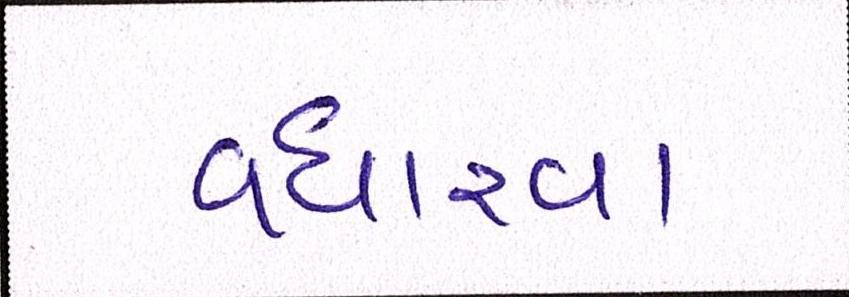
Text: વધારવા